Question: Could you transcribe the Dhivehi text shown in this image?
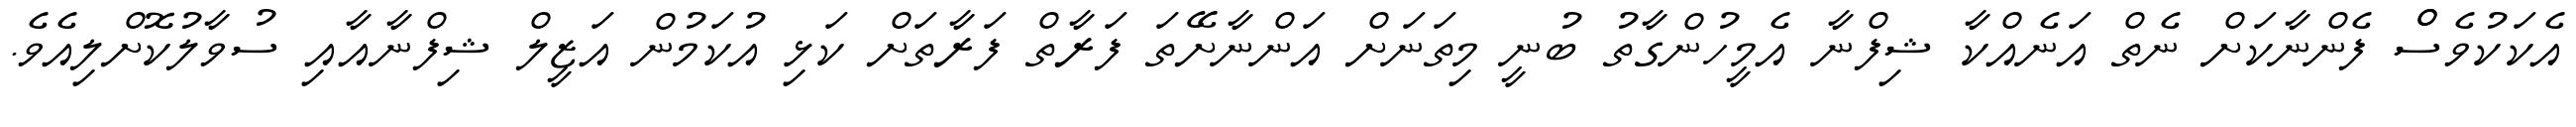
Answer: އެކަކުވެސްް ފެންނާކަށް ނެތް އަނެއްކާ ޝިފްނާ އެމީހުންގާތު ބުނީ މިތަނަށް އަންނާށޭތަ ފަރާތް ފަރާތަށް ކަޅި އުކަމުން އަޒީލް ޝިފްނާއާއި ސުވާލުކޮށްލިއެވެ.